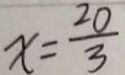
x = \frac { 2 0 } { 3 }